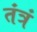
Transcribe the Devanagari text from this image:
तंत्रं